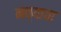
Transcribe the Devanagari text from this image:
नव्याचा